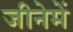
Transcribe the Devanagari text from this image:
जीनेमें